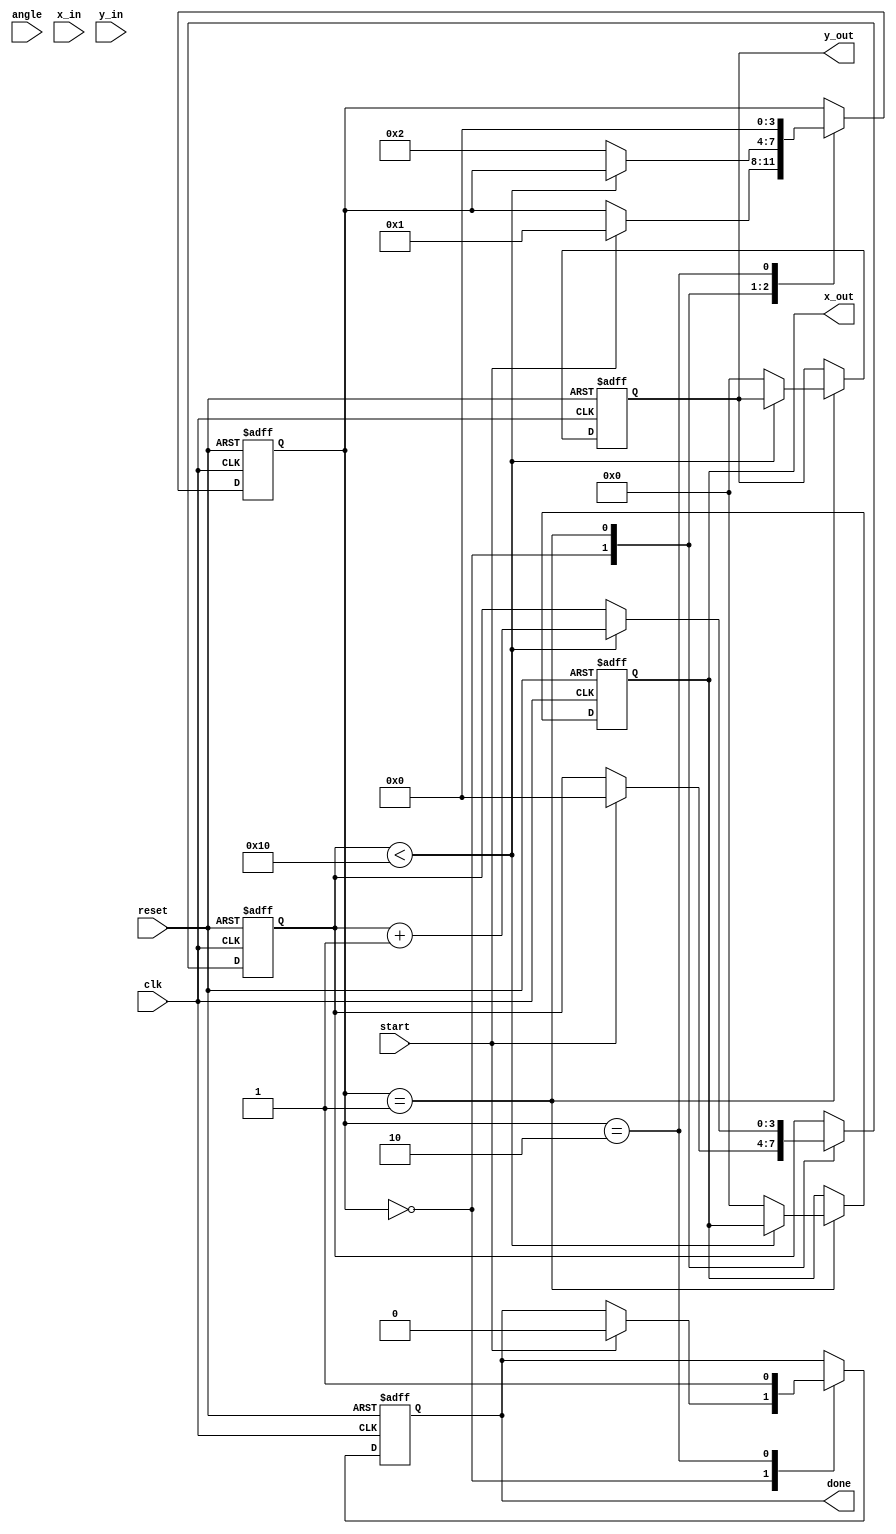
module cordic(
    input wire clk,
    input wire reset,
    input wire start,
    input wire [15:0] angle, // Input angle in radians (16-bit)
    input wire [15:0] x_in,   // Input x coordinate
    input wire [15:0] y_in,   // Input y coordinate
    output reg [15:0] x_out,   // Output x coordinate
    output reg [15:0] y_out,   // Output y coordinate
    output reg done
);

    // Parameters for CORDIC
    parameter NUM_ITERATIONS = 16;
    parameter [15:0] K = 16'h26DD; // Scaling factor (K = 0.607) in fixed-point

    // Pre-computed arctan values for CORDIC
    reg [15:0] atan_table [0:NUM_ITERATIONS-1];
    initial begin
        atan_table[0] = 16'h2000; // atan(2^-0) = 0.7854
        atan_table[1] = 16'h1000; // atan(2^-1) = 0.4636
        atan_table[2] = 16'h0800; // atan(2^-2) = 0.2449
        atan_table[3] = 16'h0400; // atan(2^-3) = 0.1244
        atan_table[4] = 16'h0200; // atan(2^-4) = 0.0624
        atan_table[5] = 16'h0100; // atan(2^-5) = 0.0312
        atan_table[6] = 16'h0080; // atan(2^-6) = 0.0156
        atan_table[7] = 16'h0040; // atan(2^-7) = 0.0078
        atan_table[8] = 16'h0020; // atan(2^-8) = 0.0039
        atan_table[9] = 16'h0010; // atan(2^-9) = 0.0019
        atan_table[10] = 16'h0008; // atan(2^-10) = 0.0009
        atan_table[11] = 16'h0004; // atan(2^-11) = 0.0005
        atan_table[12] = 16'h0002; // atan(2^-12) = 0.0002
        atan_table[13] = 16'h0001; // atan(2^-13) = 0.0001
        atan_table[14] = 16'h0000; // atan(2^-14) = 0.0000
        atan_table[15] = 16'h0000; // atan(2^-15) = 0.0000
    end

    // State machine for CORDIC processing
    reg [3:0] state;
    reg [3:0] i;
    reg signed [15:0] x, y;
    reg signed [15:0] angle_reg;

    localparam IDLE = 4'd0, CALC = 4'd1, DONE = 4'd2;

    always @(posedge clk or posedge reset) begin
        if (reset) begin
            state <= IDLE;
            done <= 1'b0;
            i <= 0;
            x_out <= 0;
            y_out <= 0;
        end else begin
            case (state)
                IDLE: begin
                    if (start) begin
                        x <= x_in;
                        y <= y_in;
                        angle_reg <= angle;
                        i <= 0;
                        state <= CALC;
                        done <= 1'b0;
                    end
                end
                CALC: begin
                    if (i < NUM_ITERATIONS) begin
                        if (angle_reg < 0) begin
                            // Counter-clockwise rotation
                            x <= x + (y >>> i);
                            y <= y - (x >>> i);
                            angle_reg <= angle_reg + atan_table[i];
                        end else begin
                            // Clockwise rotation
                            x <= x - (y >>> i);
                            y <= y + (x >>> i);
                            angle_reg <= angle_reg - atan_table[i];
                        end
                        i <= i + 1;
                    end else begin
                        // Apply scaling
                        x_out <= x * K >>> 16; // Scale down by K
                        y_out <= y * K >>> 16; // Scale down by K
                        state <= DONE;
                    end
                end
                DONE: begin
                    done <= 1'b1;
                    state <= IDLE; // Return to idle after done
                end
            endcase
        end
    end

endmodule